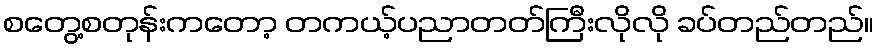
စတွေ့စတုန်းကတော့ တကယ့်ပညာတတ်ကြီးလိုလို ခပ်တည်တည်။